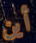
أين